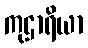
ကုဌာရိယာ